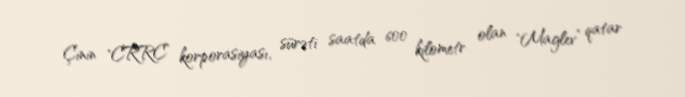
Çinin "CRRC” korporasiyası, sürəti saatda 600 kilometr olan "Maglev” qatar